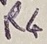
Text: R4